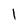
Character: l